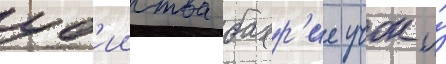
уб'ииства бахр'ие учок и́